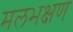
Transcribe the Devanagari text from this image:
मलभक्षण